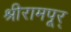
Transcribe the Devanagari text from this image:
श्रीरामपूर्